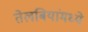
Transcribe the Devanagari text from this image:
तेलबियांमध्ये